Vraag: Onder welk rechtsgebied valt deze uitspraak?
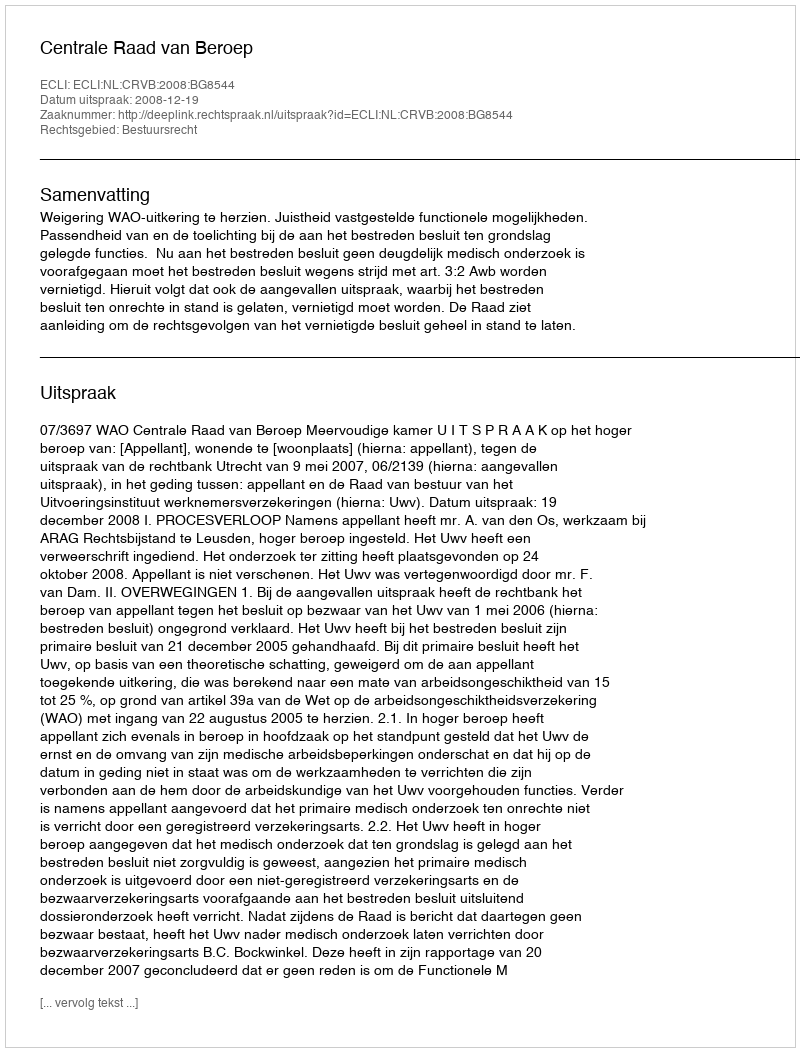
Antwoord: Bestuursrecht